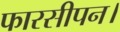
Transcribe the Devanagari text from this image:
फारसीपन।